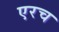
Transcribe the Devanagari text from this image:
एरच